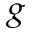
^ { g }